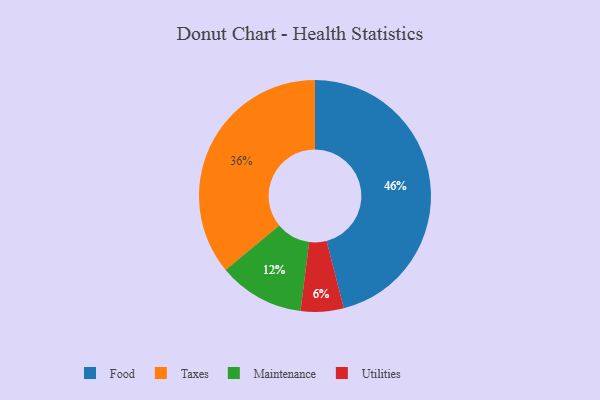
{"axis": {"x": "Category", "y": "Percentage"}, "legend": ["Food", "Maintenance", "Taxes", "Utilities"], "data": [{"x": "Taxes", "y": 36, "type": "Taxes"}, {"x": "Food", "y": 46, "type": "Food"}, {"x": "Maintenance", "y": 12, "type": "Maintenance"}, {"x": "Utilities", "y": 6, "type": "Utilities"}]}